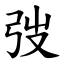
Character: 弢